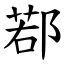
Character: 鄀